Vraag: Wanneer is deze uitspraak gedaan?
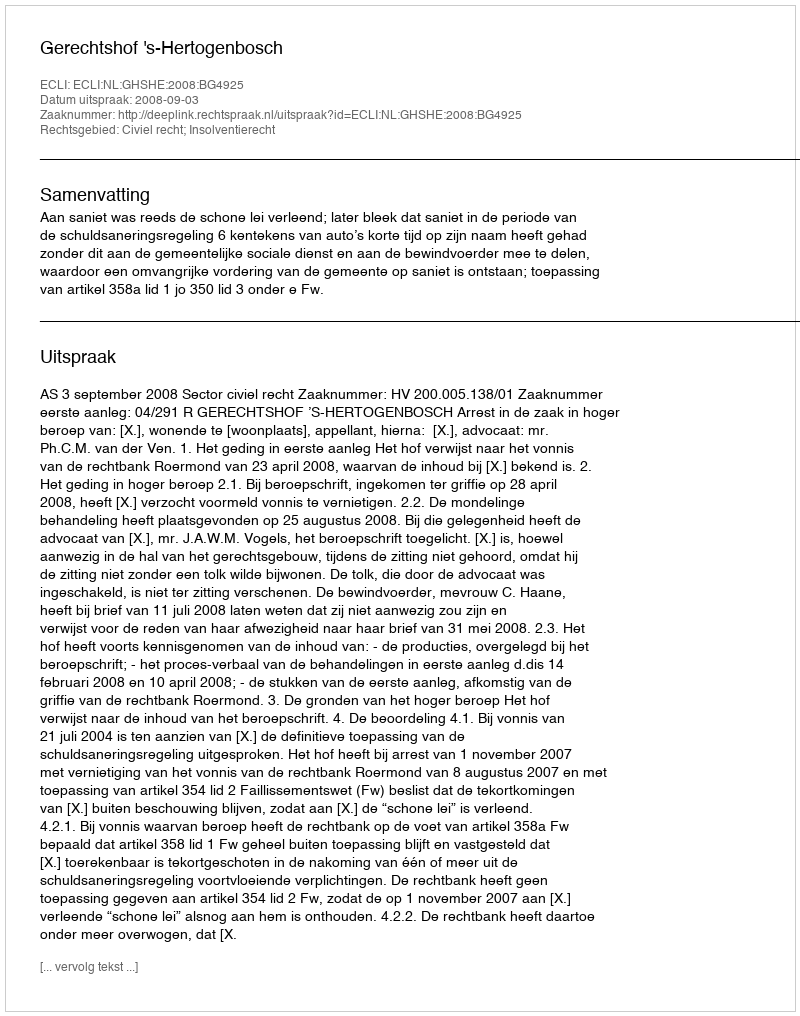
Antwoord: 2008-09-03